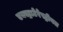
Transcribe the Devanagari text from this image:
एक्स्ट्राटेरेस्ट्रीयल